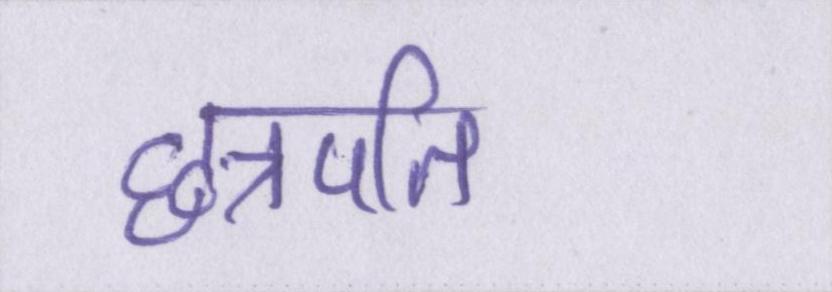
छत्रपति